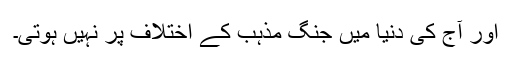
اور آج کی دنیا میں جنگ مذہب کے اختلاف پر نہیں ہوتی۔